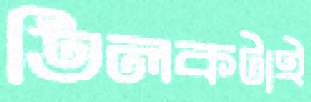
তিলকটাই